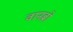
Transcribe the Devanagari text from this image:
वानब्रो